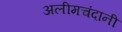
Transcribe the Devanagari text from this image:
अलीमचंदानी